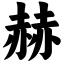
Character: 赫